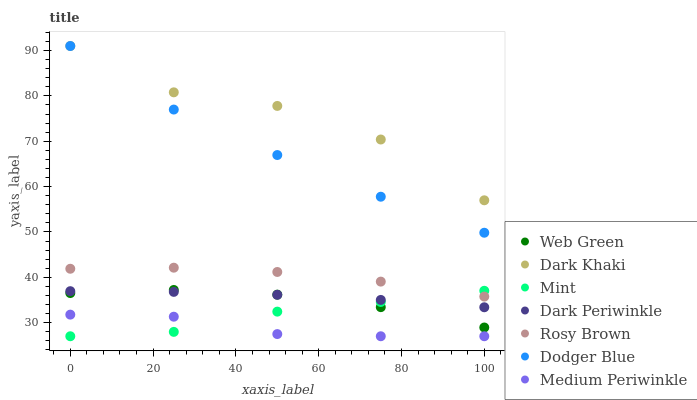
| xaxis_label | Web Green | Dark Khaki | Mint | Dark Periwinkle | Rosy Brown | Dodger Blue | Medium Periwinkle |
 | --- | --- | --- | --- | --- | --- | --- | --- |
 | 0 | 36.5 | 91 | 27 | 36.9 | 41.9 | 91 | 31.8 |
 | 25 | 37.2 | 80.8 | 28 | 36.8 | 42.1 | 77 | 31.3 |
 | 50 | 36.2 | 77.8 | 32.4 | 36.1 | 41.2 | 67 | 27.5 |
 | 75 | 33.4 | 70.4 | 34.6 | 35 | 39.1 | 57.8 | 27 |
 | 100 | 28.9 | 57 | 37 | 33.4 | 35.7 | 49.8 | 27 |